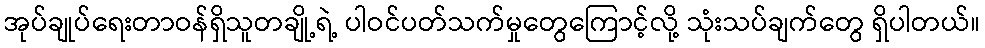
အုပ်ချုပ်ရေးတာဝန်ရှိသူတချို့ရဲ့ ပါဝင်ပတ်သက်မှုတွေကြောင့်လို့ သုံးသပ်ချက်တွေ ရှိပါတယ်။